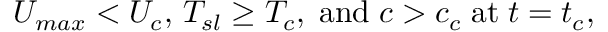
U _ { m a x } < U _ { c } , \, T _ { s l } \geq T _ { c } , \; \mathrm { a n d } \; c > c _ { c } \; \mathrm { a t } \; t = t _ { c } ,